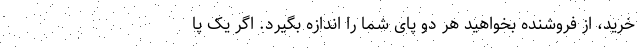
خرید، از فروشنده بخواهید هر دو پای شما را اندازه بگیرد. اگر یک پا